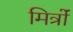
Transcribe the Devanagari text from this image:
मित्रोंं